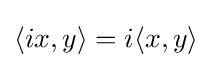
\langle ix,y\rangle =i\langle x,y\rangle